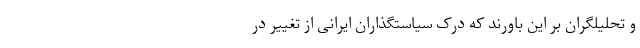
و تحلیلگران بر این باورند که درکِ سیاستگذاران ایرانی از تغییر در